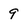
Character: 9